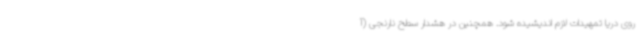
روی دریا تمهیدات لازم اندیشیده شود. همچنین در هشدار سطح نارنجی (آ